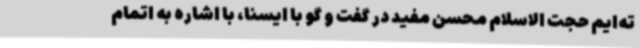
ته‌ایم حجت الاسلام محسن مفید در گفت و گو با ایسنا، با اشاره به اتمام